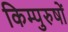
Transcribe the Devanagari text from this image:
किम्पुरुषों